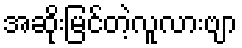
အဆိုးမြင်တဲ့လူလားဗျာ